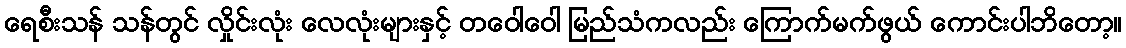
ရေစီးသန် သန်တွင် လှိုင်းလုံး လေလုံးများနှင့် တဝေါဝေါ မြည်သံကလည်း ကြောက်မက်ဖွယ် ကောင်းပါဘိတော့။